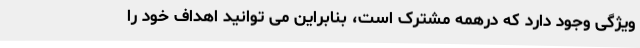
ویژگی وجود دارد که درهمه مشترک است، بنابراین می توانید اهداف خود را